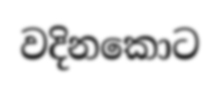
වදිනකොට